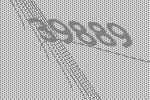
39889